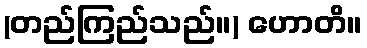
(တည်ကြည်သည်။) ဟောတိ။